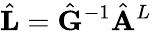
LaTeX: \hat{\mathbf{L}}=\hat{\mathbf{G}}^{-1}\hat{\mathbf{A}}^{L}